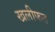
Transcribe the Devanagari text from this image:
खलीफत